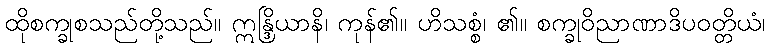
ထိုစက္ခုစသည်တို့သည်။ ဣန္ဒြိယာနိ၊ ကုန်၏။ ဟိသစ္စံ၊ ၏။ စက္ခုဝိညာဏာဒိပဝတ္တိယံ၊